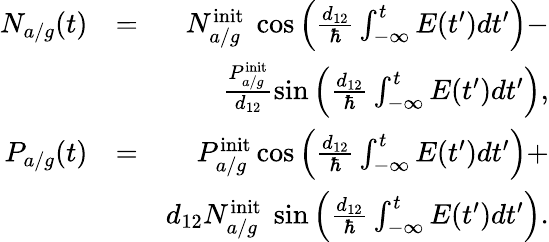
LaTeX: \begin{array}{rlr}{N_{a/g}(t)}&{=}&{N_{a/g}^{\mathrm{init}}\ \cos\Big(\frac{d_{12}}{\hbar}\int_{-\infty}^{t}E(t^{\prime})dt^{\prime}\Big)-}\\ &{}&{\frac{P_{a/g}^{\mathrm{init}}}{d_{12}}\sin\Big(\frac{d_{12}}{\hbar}\int_{-\infty}^{t}E(t^{\prime})dt^{\prime}\Big),}\\ {P_{a/g}(t)}&{=}&{P_{a/g}^{\mathrm{init}}\cos\Big(\frac{d_{12}}{\hbar}\int_{-\infty}^{t}E(t^{\prime})dt^{\prime}\Big)+}\\ &{}&{d_{12}N_{a/g}^{\mathrm{init}}\ \sin\Big(\frac{d_{12}}{\hbar}\int_{-\infty}^{t}E(t^{\prime})dt^{\prime}\Big).}\end{array}